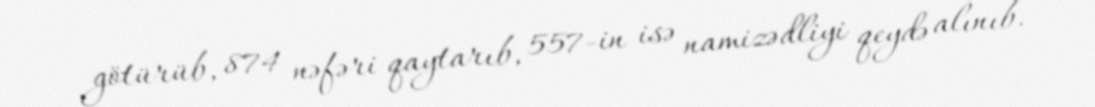
götürüb, 874 nəfəri qaytarıb, 557-in isə namizədliyi qeydə alınıb.